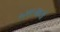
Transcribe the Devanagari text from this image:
१२९६मध्ये